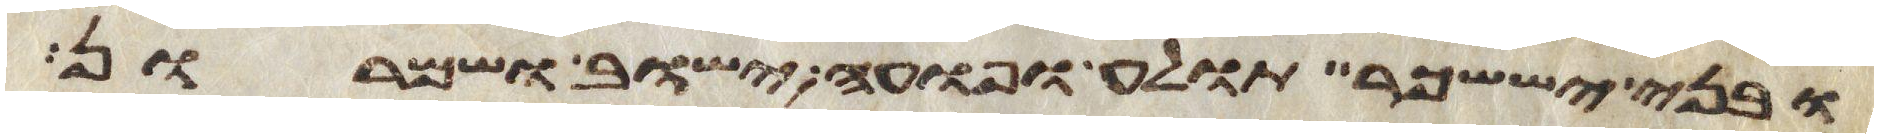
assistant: ובני יששכר תולע ופואה ישוב ושמרון